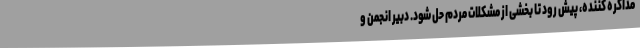
مذاکره کننده، پیش رود تا بخشی از مشکلات مردم حل شود. دبیر انجمن و